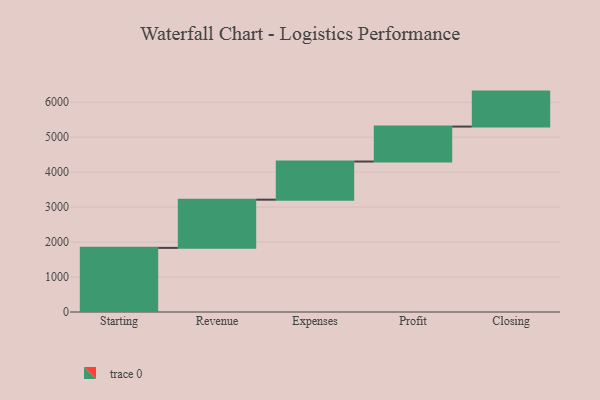
{"axis": {"x": "Step", "y": "Value"}, "legend": [""], "data": [{"x": "Starting", "y": 1834.0, "type": ""}, {"x": "Revenue", "y": 1378.0, "type": ""}, {"x": "Expenses", "y": 1091.0, "type": ""}, {"x": "Profit", "y": 1000, "type": ""}, {"x": "Closing", "y": 1000, "type": ""}]}